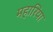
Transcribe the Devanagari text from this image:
महारिया